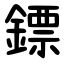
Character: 鏢